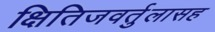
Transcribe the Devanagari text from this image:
क्षितिजवर्तुलासह